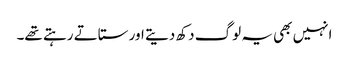
انہیں بھی یہ لوگ دکھ دیتے اور ستاتے رہتے تھے۔